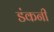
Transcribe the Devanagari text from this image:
डंकनी